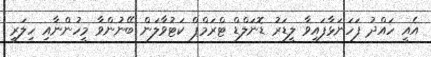
އެއީ ހައްދު ފަހަނަޅާފައިވާ ލީޑަރު ޑޮނަލްޑް ޓްރަމްޕް ކަޓުވާލަން ބޭނުންވާ މީހުންނާއި ހިލަރީ